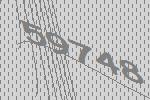
59748